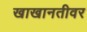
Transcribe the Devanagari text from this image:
खाखानतीवर